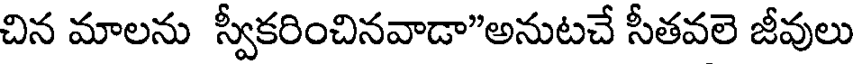
చిన మాలను స్వీకరించినవాడా"అనుటచే సీతవలె జీవులు